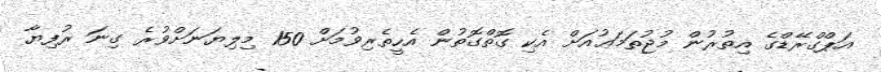
އަޕްގްރޭޑްގެ އިތުރުން މުޖުތަމަޢުއަށް އެކި ގޮތްގޮތުން އެހީތެރިވުމަށް 150 މިލިޔަނަށްވުރެ ގިނަ ރުފިޔާ